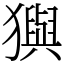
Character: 㺞